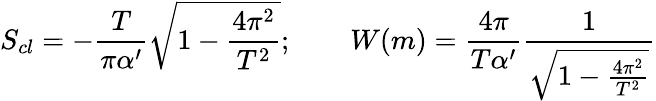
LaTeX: S_{cl}=-\frac{T}{\pi\alpha^{\prime}}{\sqrt{1-\frac{4\pi^{2}}{T^{2}}}};\qquad W(m)=\frac{4\pi}{T\alpha^{\prime}}\frac{1}{\sqrt{1-\frac{4\pi^{2}}{T^{2}}}}